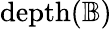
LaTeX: \mathrm{{depth}}({\mathbb{B}})